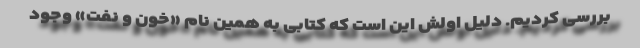
بررسی کردیم. دلیل اولش این است که کتابی به همین نام «خون و نفت» وجود